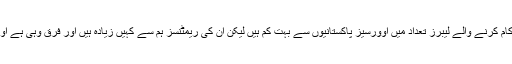
سنگاپور کے باہر کام کرنے والے لیبرز تعداد میں اوورسیز پاکستانیوں سے بہت کم ہیں لیکن ان کی ریمٹنسز ہم سے کہیں زیادہ ہیں اور فرق وہی ہے اوپر بیان کیا گیا ہے۔